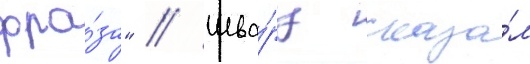
фра́за" // Шва́рц сказа́л